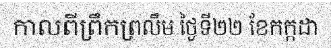
កាលពីព្រឹកព្រលឹម ថ្ងៃទី២២ ខែកក្កដា